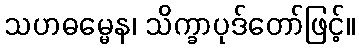
သဟဓမ္မေန၊ သိက္ခာပုဒ်တော်ဖြင့်။